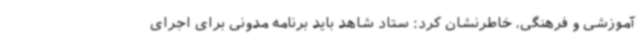
آموزشی و فرهنگی، خاطرنشان کرد: ستاد شاهد باید برنامه مدونی برای اجرای